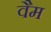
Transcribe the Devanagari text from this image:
वैम